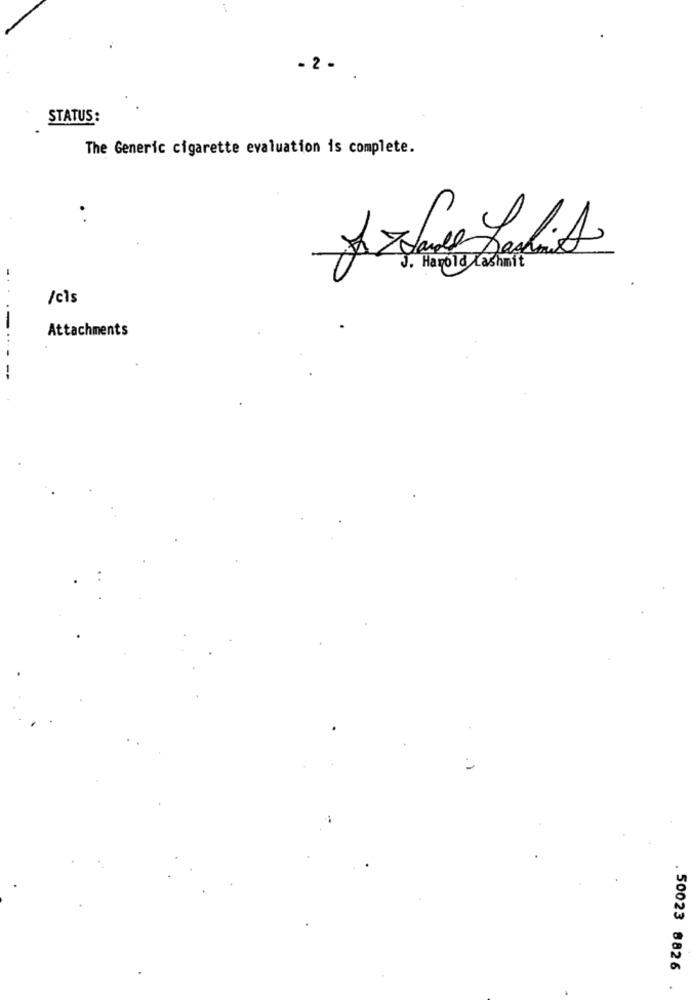
- 2 -
STATUS:
The Generic cigarette evaluation is complete.
J. Harold Lashmit
/cls
Attachments
.-...
. 50023 8826